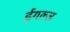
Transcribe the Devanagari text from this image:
ईगल्ज़